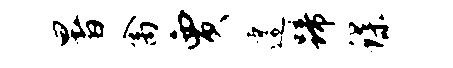
暑禽贾遽蹄蝶